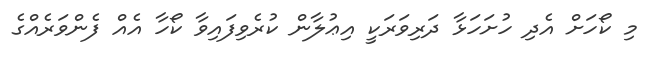
މި ކޯހަށް އެދި ހުށަހަޅާ ދަރިވަރަކީ އިޢުލާން ކުރެވިފައިވާ ކޯހާ އެއް ފެންވަރެއްގެ